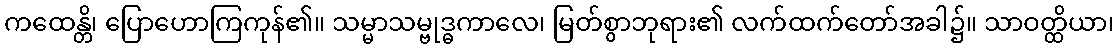
ကထေန္တိ၊ ပြောဟောကြကုန်၏။ သမ္မာသမ္ဗုဒ္ဓကာလေ၊ မြတ်စွာဘုရား၏ လက်ထက်တော်အခါ၌။ သာဝတ္ထိယာ၊